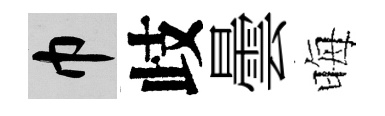
巾歧曇晦